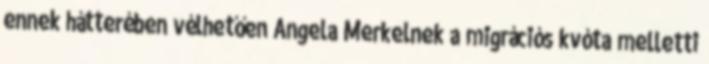
ennek hátterében vélhetően Angela Merkelnek a migrációs kvóta melletti